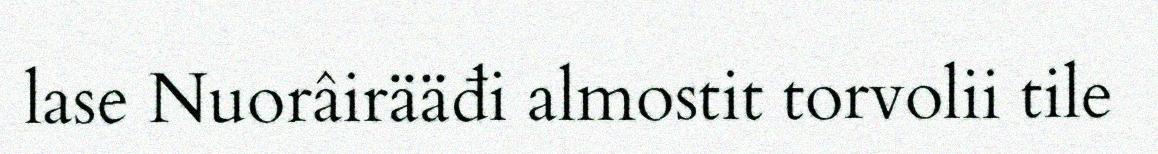
lase Nuorâirääđi almostit torvolii tile